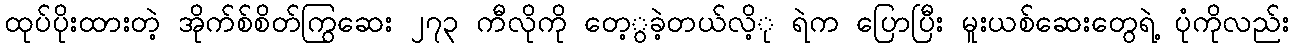
ထုပ်ပိုးထားတဲ့ အိုက်စ်စိတ်ကြွဆေး ၂၇၃ ကီလိုကို တေ့ွခဲ့တယ်လိ့ု ရဲက ပြောပြီး မူးယစ်ဆေးတွေရဲ့ ပုံကိုလည်း